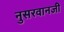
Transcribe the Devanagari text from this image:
नुसरवानजी